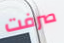
صرفت